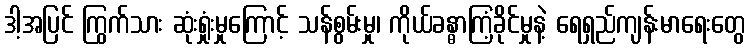
ဒါ့အပြင် ကြွက်သား ဆုံးရှုံးမှုကြောင့် သန်စွမ်းမှု၊ ကိုယ်ခန္ဓာကြံ့ခိုင်မှုနဲ့ ရေရှည်ကျန်းမာရေးတွေ